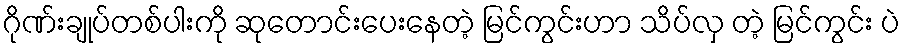
ဂိုဏ်းချုပ်တစ်ပါးကို ဆုတောင်းပေးနေတဲ့ မြင်ကွင်းဟာ သိပ်လှ တဲ့ မြင်ကွင်း ပဲ